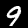
Digit: 9